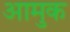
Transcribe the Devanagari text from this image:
आमुक